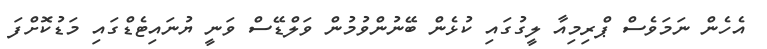
އެހެން ނަމަވެސް ޕްރިމިއާ ލީގުގައި ކުޅެން ބޭނުންވުމުން ވަލްޑޭސް ވަނީ ޔުނައިޓެޑްގައި މަޑުކޮށްފަ